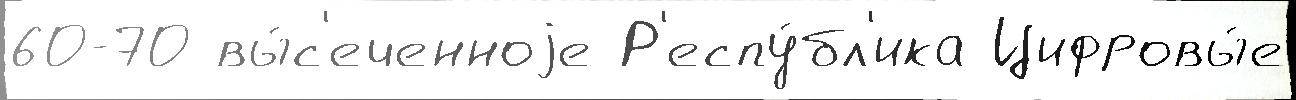
60-70 вы́с'еченноjе Р'еспу́бл'ика Цифровы́е